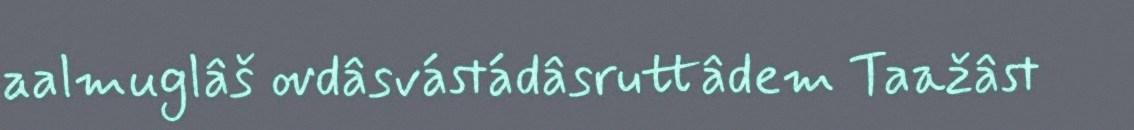
aalmuglâš ovdâsvástádâsruttâdem Taažâst